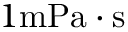
1 \mathrm { m P a \cdot s }